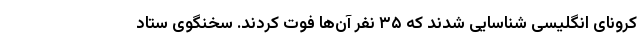
کرونای انگلیسی شناسایی شدند که ٣۵ نفر آن‌ها فوت کردند. سخنگوی ستاد